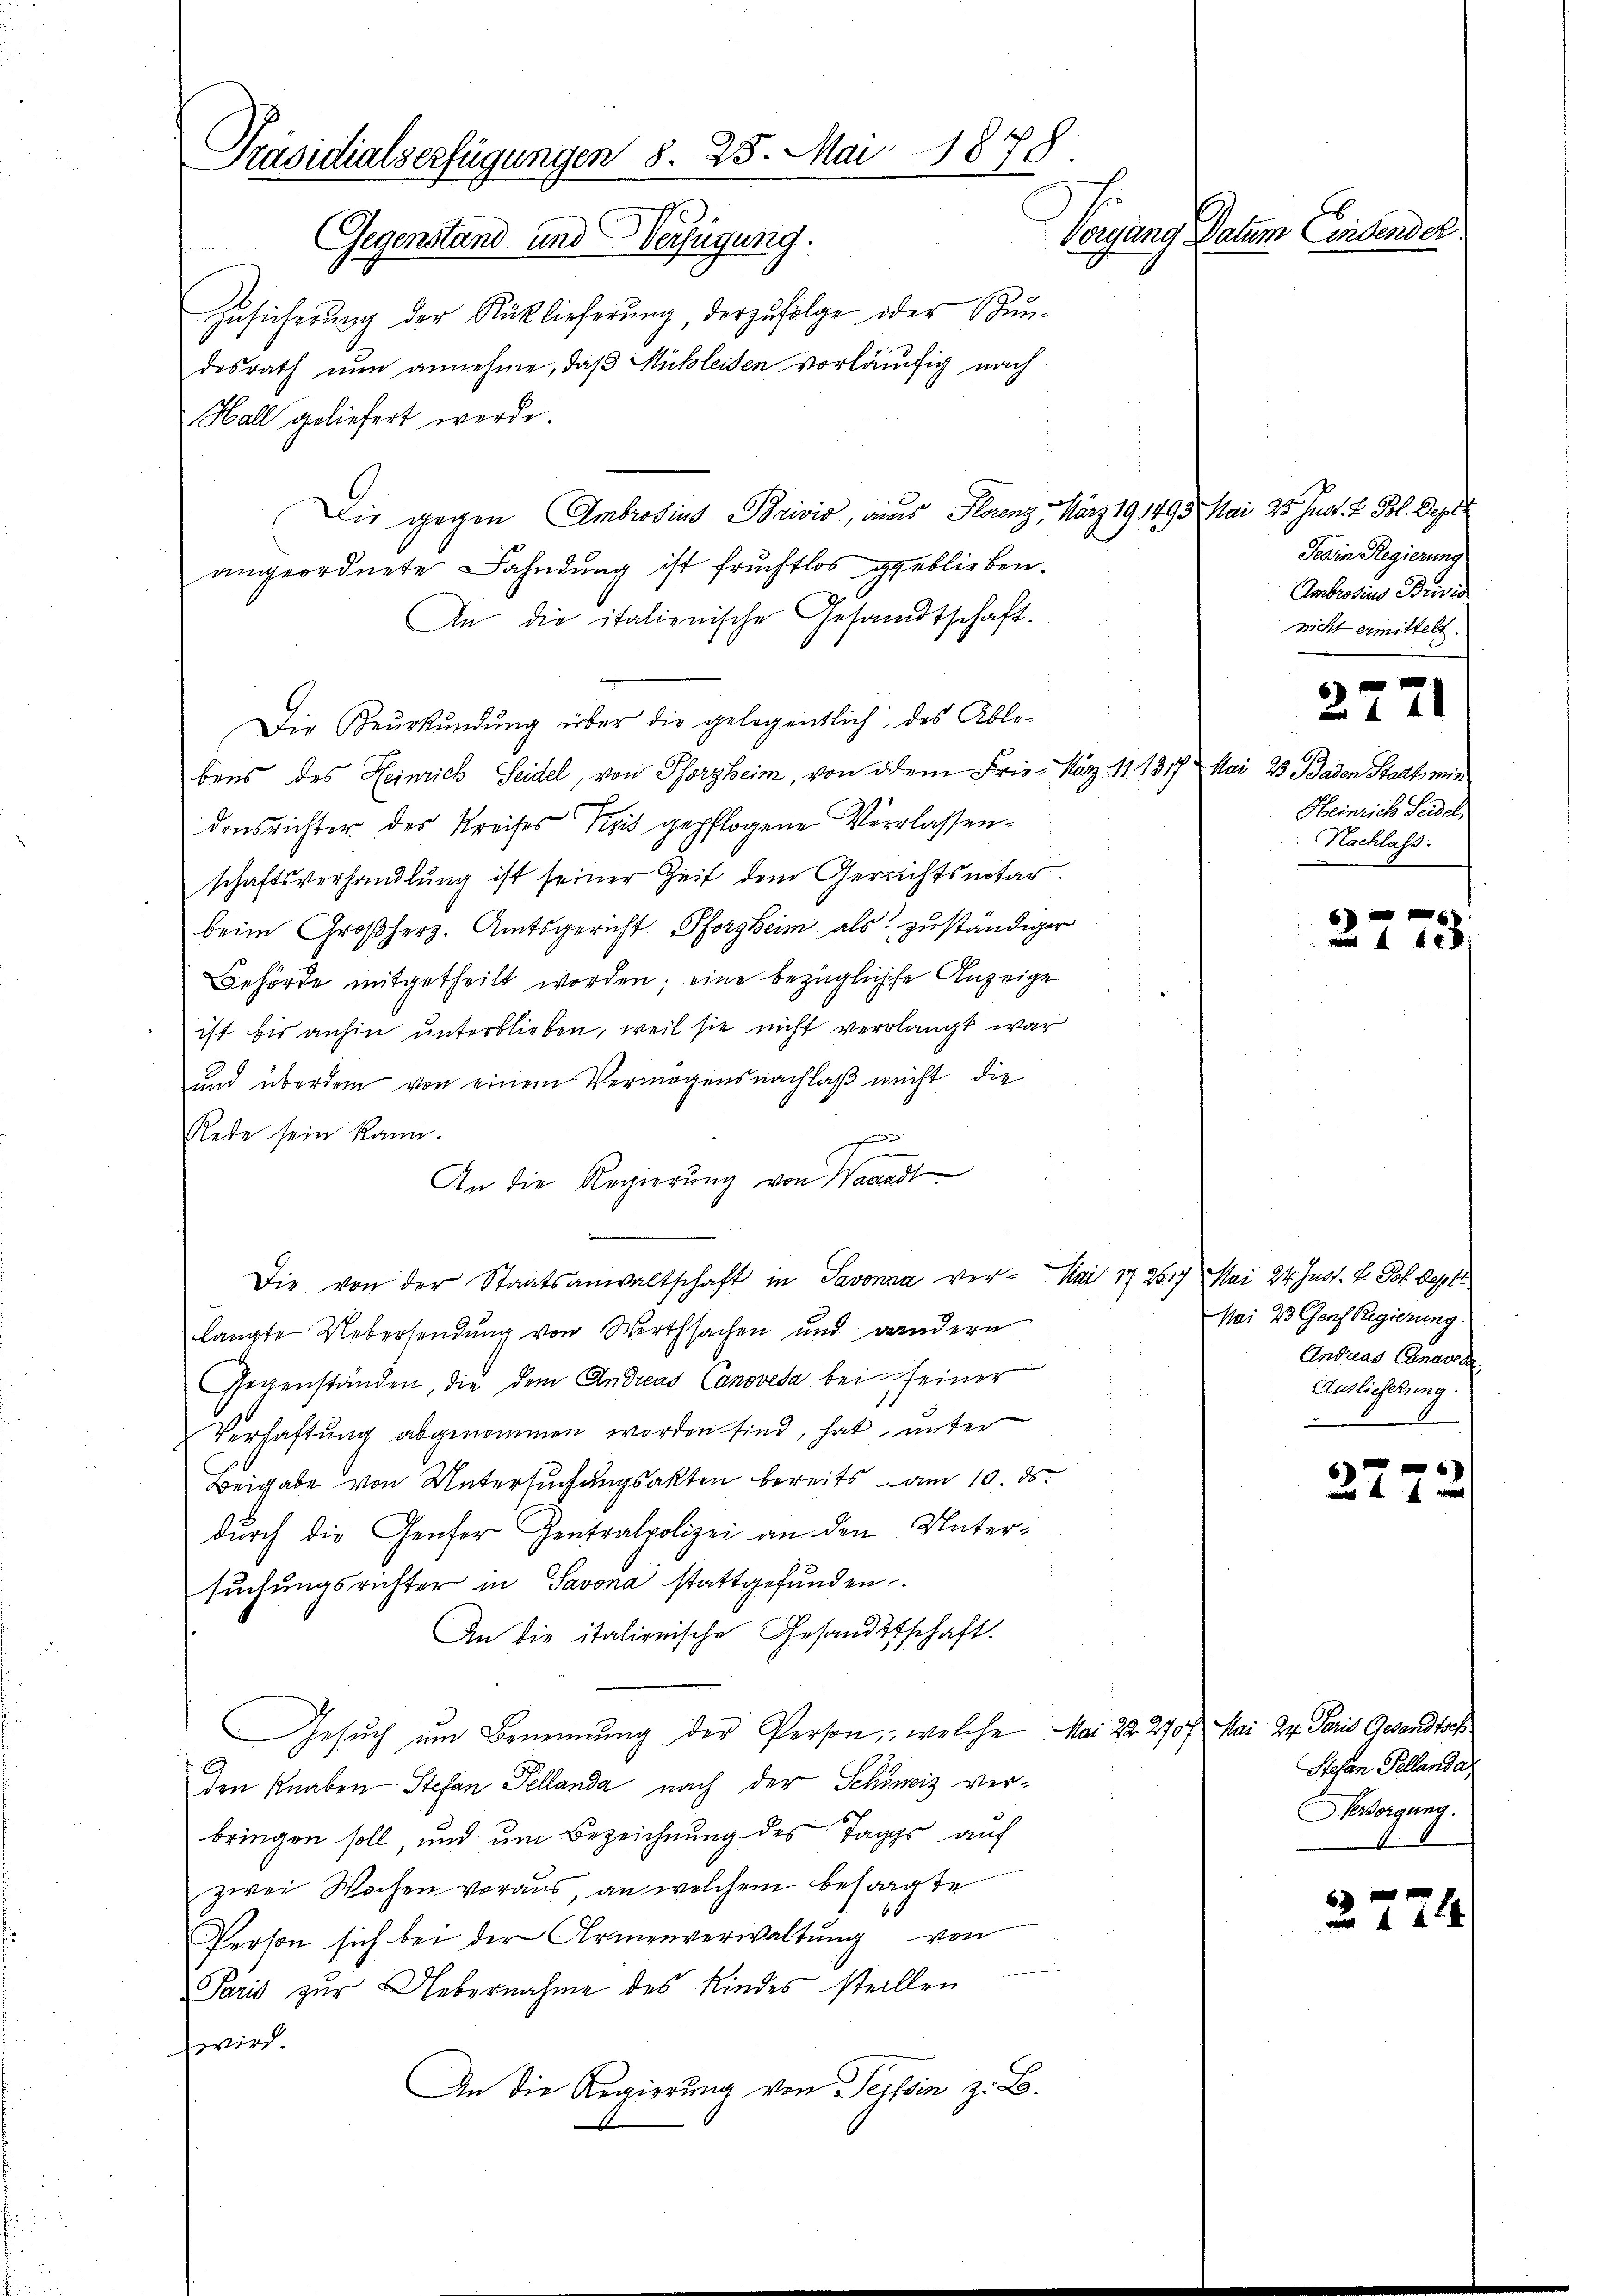
desrath nun annehme, daß Michleiden vorläufig nach
Hall geliefert werde.
Die gegen Ambrosius Privis, aus Florenz, März 191493 Mai 25. Just. 2. Bl. Depr
angeordnete Fahndung ist fruchtlos geblieben.
An die italienische Gesandtschaft.
Die Beurkundung über die gelegentlich des Ablebens des Heinrich Seidel, von Pforzheim, von dem Frie- März 171817 Mai 23 Baden Stadt mir
densrichter des Kreises Paris gepflogene Verlassenschaftsverhandlung ist seiner Zeit dem Gerrichtsnotar.
beim Großherz. Amtsgericht Pforzheim als zuständiger
Behörde mitgetheilt worden; eine bezügliche Anzeige
ist bis anhin unterblieben, weil sie nicht verlangt war
und überdem von einem Vermögensnachlaß nicht die
Rede sein kann.
f
An die Regierung von Waadt
.
Die von der Staatsanwaltschaft in Savonna ver- Mai 172617 Mai 24. Just. H. Joh. Sept
langte Uebersendung von Werthsachen und andern
Gegenständen, die dem Andreas Canovesa bei seiner
Verhaftung abgenommen worden sind, hat, unter
Beigabe von Untersuchungsakten bereits am 10. ds.
dŭrch die Genfer Zentralpolizei an den Untersuchungsrichter in Savona stattgefunden
An die italienische Gesandtschaft.
Gesŭch um Benennung der Person, welche. Mai 22. 270 f. Mai 22. Paris Gesandtsch
den Knaben Stefan Pellanda nach der Schöniz verbringen soll, und um Bezeichnung des Tages auf
zwei Wochen voraus, an welchem befragte
Person sich bei der Armenverwaltung von
Paris zur Uebernahme des Kindes stellen
hwird.
An die Regierung von Tessin z. B.

Präsidialserfügungen 8. 25. Mai 1878
Vorgang Datum Einsender
Gegenstand und Verfügung.
Zusicherung der Rücklieferung, derzufolge oder Stun¬

Tessin Regierung
Ambrosius Brivia
nicht ermittelt.

Heinrich Seidel
Nachlass.

2771

6
173.

Mai 23 Genf Regierung.
Andreas Canavede
Auslieferung

2772

Stefan Fellanda
Versorgung.

2224